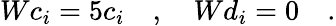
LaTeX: Wc_{i}=5c_{i}\quad,\quad Wd_{i}=0\quad.